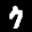
Label: 7